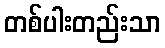
တစ်ပါးတည်းသာ